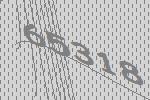
65318